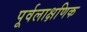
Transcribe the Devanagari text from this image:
पूर्वलाक्षणिक